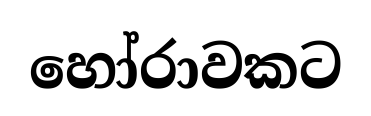
හෝරාවකට